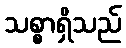
သစ္စာရှိသည်